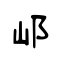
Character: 邖